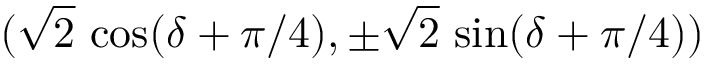
( \sqrt 2 \, \cos ( \delta + \pi / 4 ) , \pm \sqrt 2 \, \sin ( \delta + \pi / 4 ) )